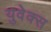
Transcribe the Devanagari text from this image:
युवेक्स